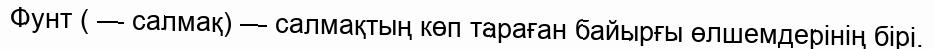
Фунт ( — салмақ) — салмақтың көп тараған байырғы өлшемдерінің бірі.